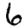
Digit: 6